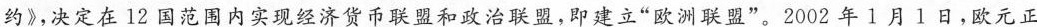
约》，决定在12国范围内实现经济货币联盟和政治联盟，即建立”欧洲联盟”。2002年1月1日，欧元正